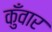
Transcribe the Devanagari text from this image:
कुँवार